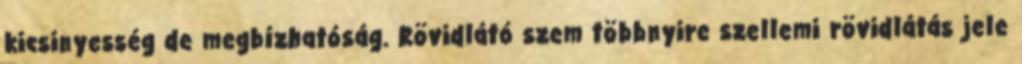
kicsinyesség de megbízhatóság. Rövidlátó szem többnyire szellemi rövidlátás jele